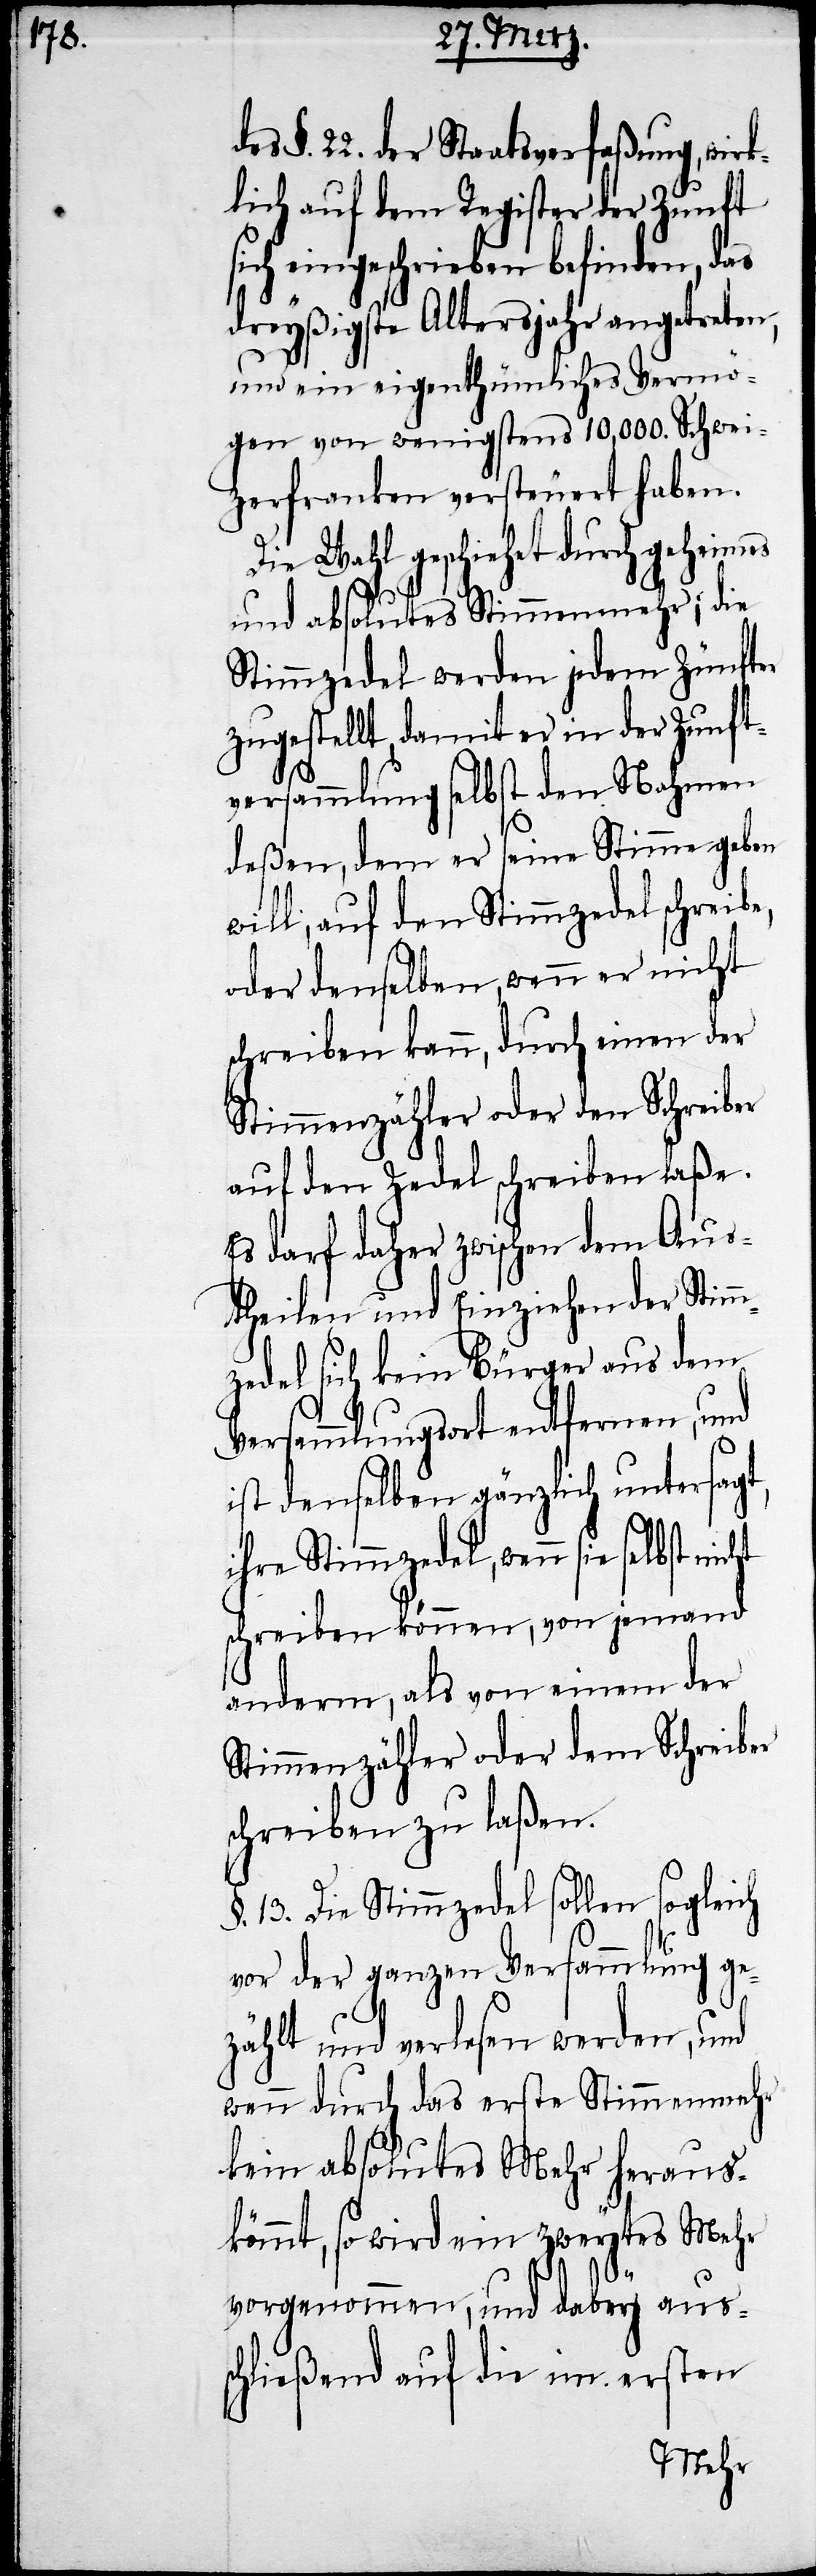
§. 22. der Staatsverfaßung, wirk¬
lich auf dem Register der Zunft
sich eingeschrieben befinden, das
dreyßigste Altersjahr angetreten,
und ein eigenthümliches Vermö¬
gen von wenigstens 10,000. Schwei¬
zerfranken versteuert haben.
Die Wahl geschiehet durch geheimes
und absolutes Stimmenmehr; die
Stimmzedel werden jedem Zünfter
zugestellt, damit er in der Zunft¬
versammlung selbst den Nahmen
deßen, dem er seine Stimme geben
will, auf den Stimmzedel schreibe,
oder denselben, wenn er nicht
schreiben kann, durch einen der
Stimmenzähler oder den Schreiber
auf den Zedel schreiben laße.
Es darf daher zwischen dem Aus¬
theilen und Einziehen der Stim¬
mzedel sich kein Bürger aus dem
Versammlungsort entfernen, und
ist denselben gänzlich untersagt,
ihre Stimmzedel, wenn sie selbst
schreiben können, von jemand
anderm, als von einem der
Stimmenzähler oder dem Schreiber
schreiben zu laßen.
§. 13. Die Stimmzedel sollen sogleich
vor der ganzen Versammlung ge¬
zählt und verlesen werden, und
wenn durch das erste Stimmenmehr
kein absolutes Mehr heraus¬
kömmt, so wird ein zweytes Mehr
des
vorgenommen, und dabey auss¬
chließend auf die im ersten